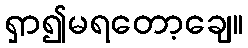
ရှာ၍မရတော့ချေ။